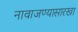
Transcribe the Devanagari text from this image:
नावाजण्यासारखा